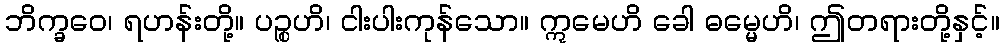
ဘိက္ခဝေ၊ ရဟန်းတို့။ ပဉ္စဟိ၊ ငါးပါးကုန်သော။ ဣမေဟိ ခေါ ဓမ္မေဟိ၊ ဤတရားတို့နှင့်။